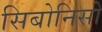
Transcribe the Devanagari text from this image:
सिबोनिसो